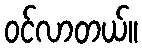
ဝင်လာတယ်။